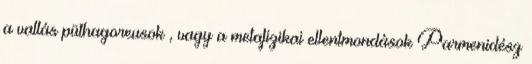
a vallás püthagoreusok , vagy a metafizikai ellentmondások Parmenidész